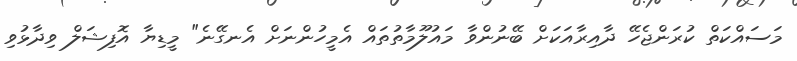
މަސައްކަތް ކުރަންޖެހޭ ދާއިރާއަކަށް ބޭނުންވާ މައުލޫމާތުތައް އެމީހުންނަށް އެނގޭނެ" މީޑިޔާ އޮފިޝަލް ވިދާޅުވި